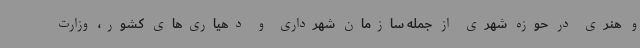
و هنری در حوزه شهری از جمله سازمان شهرداری و دهیاری‌های کشور، وزارت